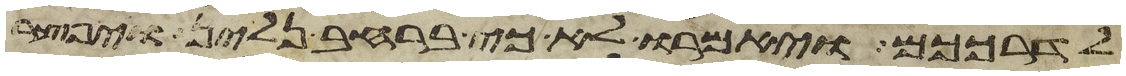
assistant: לדרככם ויאמרו לא כי ברחב נלין ויפצר